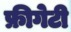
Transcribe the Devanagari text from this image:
फ्रीगेटी